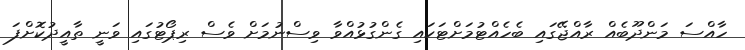
ހާއްސަ މަންދޫބެއް ރާއްޖޭގައި ބެހެއްޓުމަށްޓަކައި ގެންގުޅުއްވާ ވިސްނުމަށް ވެސް ރިޕޯޓުގައި ވަނީ ތާއީދުކޮށްފަ